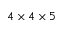
4 \times 4 \times 5